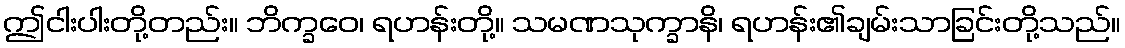
ဤငါးပါးတို့တည်း။ ဘိက္ခဝေ၊ ရဟန်းတို့။ သမဏသုက္ခာနိ၊ ရဟန်း၏ချမ်းသာခြင်းတို့သည်။